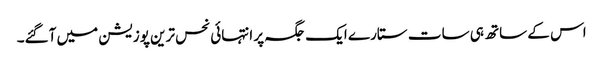
اس کے ساتھ ہی سات ستارے ایک جگہ پر انتہائی نحس ترین پوزیشن میں آگئے۔